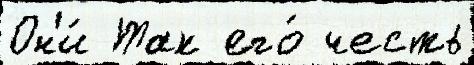
Он'и́ Так его́ честь